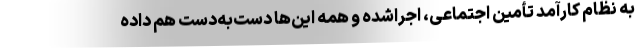
به نظام کارآمد تأمین اجتماعی، اجراشده و همه این‌ها دست‌به‌دست هم داده